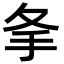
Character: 𢩸